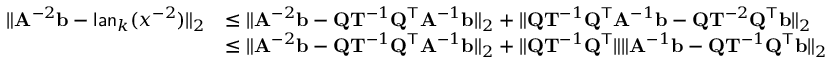
\begin{array} { r l } { \| \mathbf { A } ^ { - 2 } \mathbf { b } - \mathsf { l a n } _ { k } ( x ^ { - 2 } ) \| _ { 2 } } & { \leq \| \mathbf { A } ^ { - 2 } \mathbf { b } - \mathbf { Q } \mathbf { T } ^ { - 1 } \mathbf { Q } ^ { \mathsf { T } } \mathbf { A } ^ { - 1 } \mathbf { b } \| _ { 2 } + \| \mathbf { Q } \mathbf { T } ^ { - 1 } \mathbf { Q } ^ { \mathsf { T } } \mathbf { A } ^ { - 1 } \mathbf { b } - \mathbf { Q } \mathbf { T } ^ { - 2 } \mathbf { Q } ^ { \mathsf { T } } \mathbf { b } \| _ { 2 } } \\ & { \leq \| \mathbf { A } ^ { - 2 } \mathbf { b } - \mathbf { Q } \mathbf { T } ^ { - 1 } \mathbf { Q } ^ { \mathsf { T } } \mathbf { A } ^ { - 1 } \mathbf { b } \| _ { 2 } + \| \mathbf { Q } \mathbf { T } ^ { - 1 } \mathbf { Q } ^ { \mathsf { T } } \| \| \mathbf { A } ^ { - 1 } \mathbf { b } - \mathbf { Q } \mathbf { T } ^ { - 1 } \mathbf { Q } ^ { \mathsf { T } } \mathbf { b } \| _ { 2 } } \end{array}